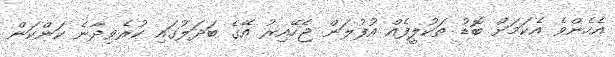
އެހެންވެ އެކަމަށް ބޮޑު ތަކުލީފެއް އުފުލަން ޖެހޭއިރު އޭގެ ބަދަލުގައި ކުރެވިދާނެ ކަންކަން